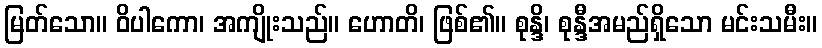
မြတ်သော။ ဝိပါကော၊ အကျိုးသည်။ ဟောတိ၊ ဖြစ်၏။ စုန္ဒိ၊ စုန္ဒီအမည်ရှိသော မင်းသမီး။